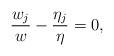
LaTeX: \begin{align*}\frac{w_j}{w} - \frac{\eta_j}{\eta} = 0,\end{align*}